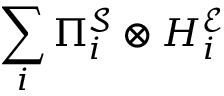
\sum _ { i } \Pi _ { i } ^ { \mathcal { S } } \otimes H _ { i } ^ { \mathcal { E } }